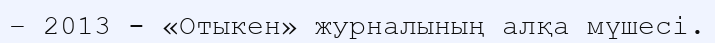
– 2013 - «Отыкен» журналының алқа мүшесі.